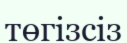
төгізсіз